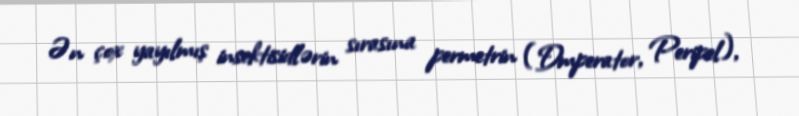
Ən çox yayılmış insektisidlərin sırasına permetrin (Đmperator, Peripel),